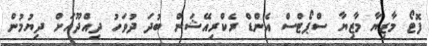
ފޮޓޯ މާޒިޔާ މާޒިޔާ ސްޕޯޓްސް އެންޑް ރެކްރިއޭޝަން ބުދަ ދުވަހު ދިއްދޫއަށް ދިޔުމުން